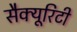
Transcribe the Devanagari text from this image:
सैक्यूरिटी